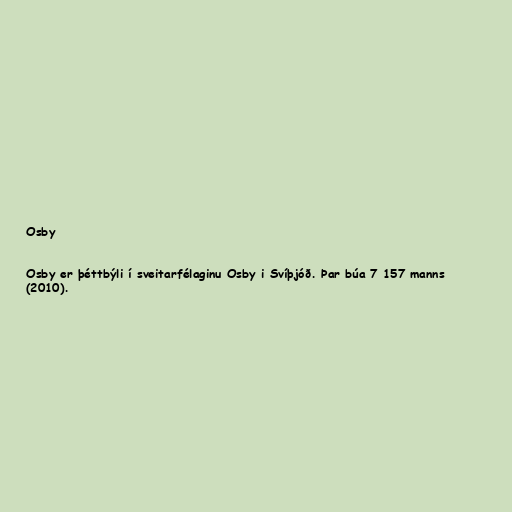
Osby

Osby er þéttbýli í sveitarfélaginu Osby i Svíþjóð. Þar búa 7 157 manns
(2010).